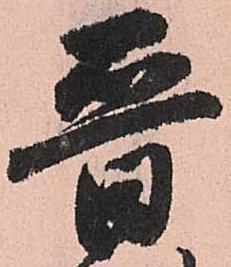
晋